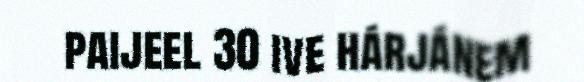
paijeel 30 ive hárjánem